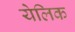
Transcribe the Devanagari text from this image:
येलिक